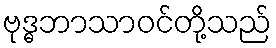
ဗုဒ္ဓဘာသာဝင်တို့သည်